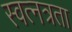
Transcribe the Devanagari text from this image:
स्वत्नत्रता